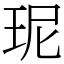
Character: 𤤗